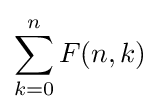
\sum _{k=0}^{n}F(n,k)